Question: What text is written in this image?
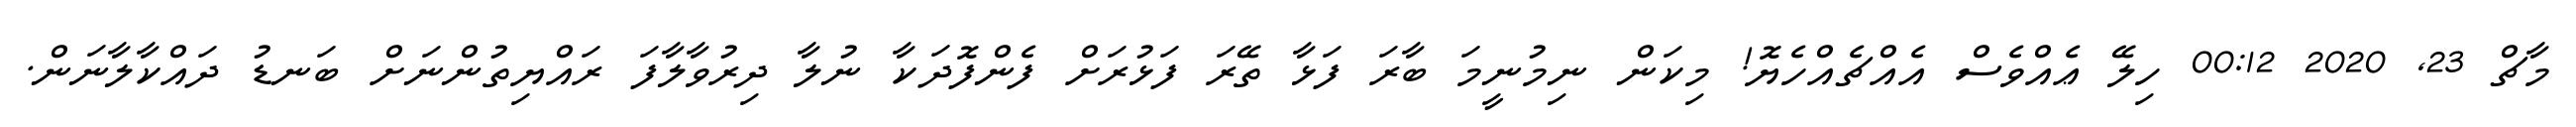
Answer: މާޗް 23, 2020 00:12 ހިލޭ ޢެއްވެސް އެއްޗެއްހެޔޮ! މިކަން ނިމުނީމަ ބާރަ ފަޅާ ތޭރަ ފަޅުރަށް ފެންފޮދަކާ ނުލާ ދިރުވާލާފަ ރައްޔިތުންނަށް ބަނޑު ދައްކާލާނަން.